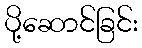
ပို့ဆောင်ခြင်း